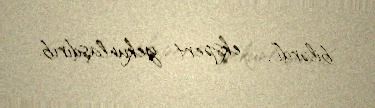
bilərdi”, - ekspert yekunlaşdırıb.